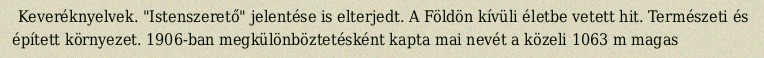
Keveréknyelvek. "Istenszerető" jelentése is elterjedt. A Földön kívüli életbe vetett hit. Természeti és épített környezet. 1906-ban megkülönböztetésként kapta mai nevét a közeli 1063 m magas